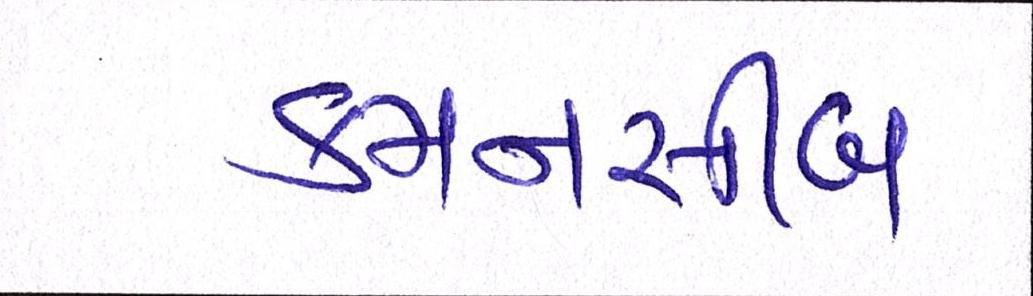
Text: કમનસીબ